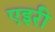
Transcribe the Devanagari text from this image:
एइरी